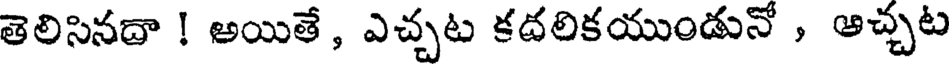
తెలిసినదా ! అయితే, ఎచ్చట కదలికయుండునో , ఆచ్చట